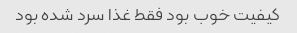
کیفیت خوب بود فقط غذا سرد شده بود